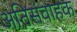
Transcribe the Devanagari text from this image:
अतिसंवाहक